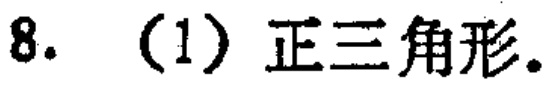
8. （1）正三角形。